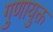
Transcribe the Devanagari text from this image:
गुणायुक्त